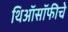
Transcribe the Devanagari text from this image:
थिऑसॉफीचे